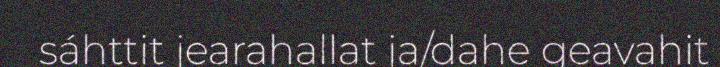
sáhttit jearahallat ja/dahe geavahit